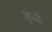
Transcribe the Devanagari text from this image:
कुळें